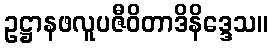
ဥဋ္ဌာနဖလူပဇီဝိတာဒိနိဒ္ဒေသ။